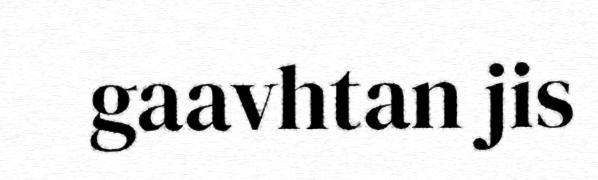
gaavhtan jis